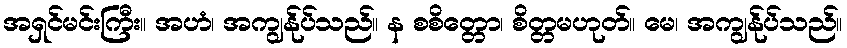
အရှင်မင်းကြီး။ အဟံ၊ အကျွန်ုပ်သည်။ န စစိတ္တော၊ စိတ္တမဟုတ်။ မေ၊ အကျွန်ုပ်သည်။